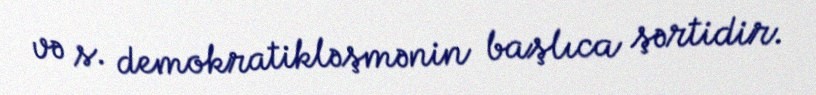
və s. demokratikləşmənin başlıca şərtidir.